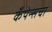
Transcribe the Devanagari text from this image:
कँपेन्सचा